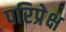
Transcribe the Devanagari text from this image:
परिप्रेक्ष